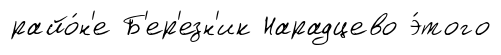
райо́н'е Б'ер'езн'ик Нарадцево э́того